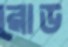
রোড